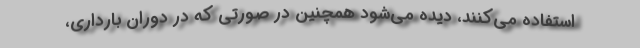
استفاده می‌‌کنند، دیده می‌‌شود همچنین در صورتی که در دوران بارداری،